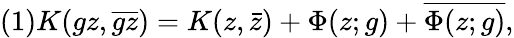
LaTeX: (1)K(gz,\overline{{{gz}}})=K(z,\bar{z})+\Phi(z;g)+\overline{{{\Phi(z;g)}}},